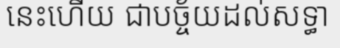
នេះហើយ ជាបច្ច័យដល់សទ្ធា